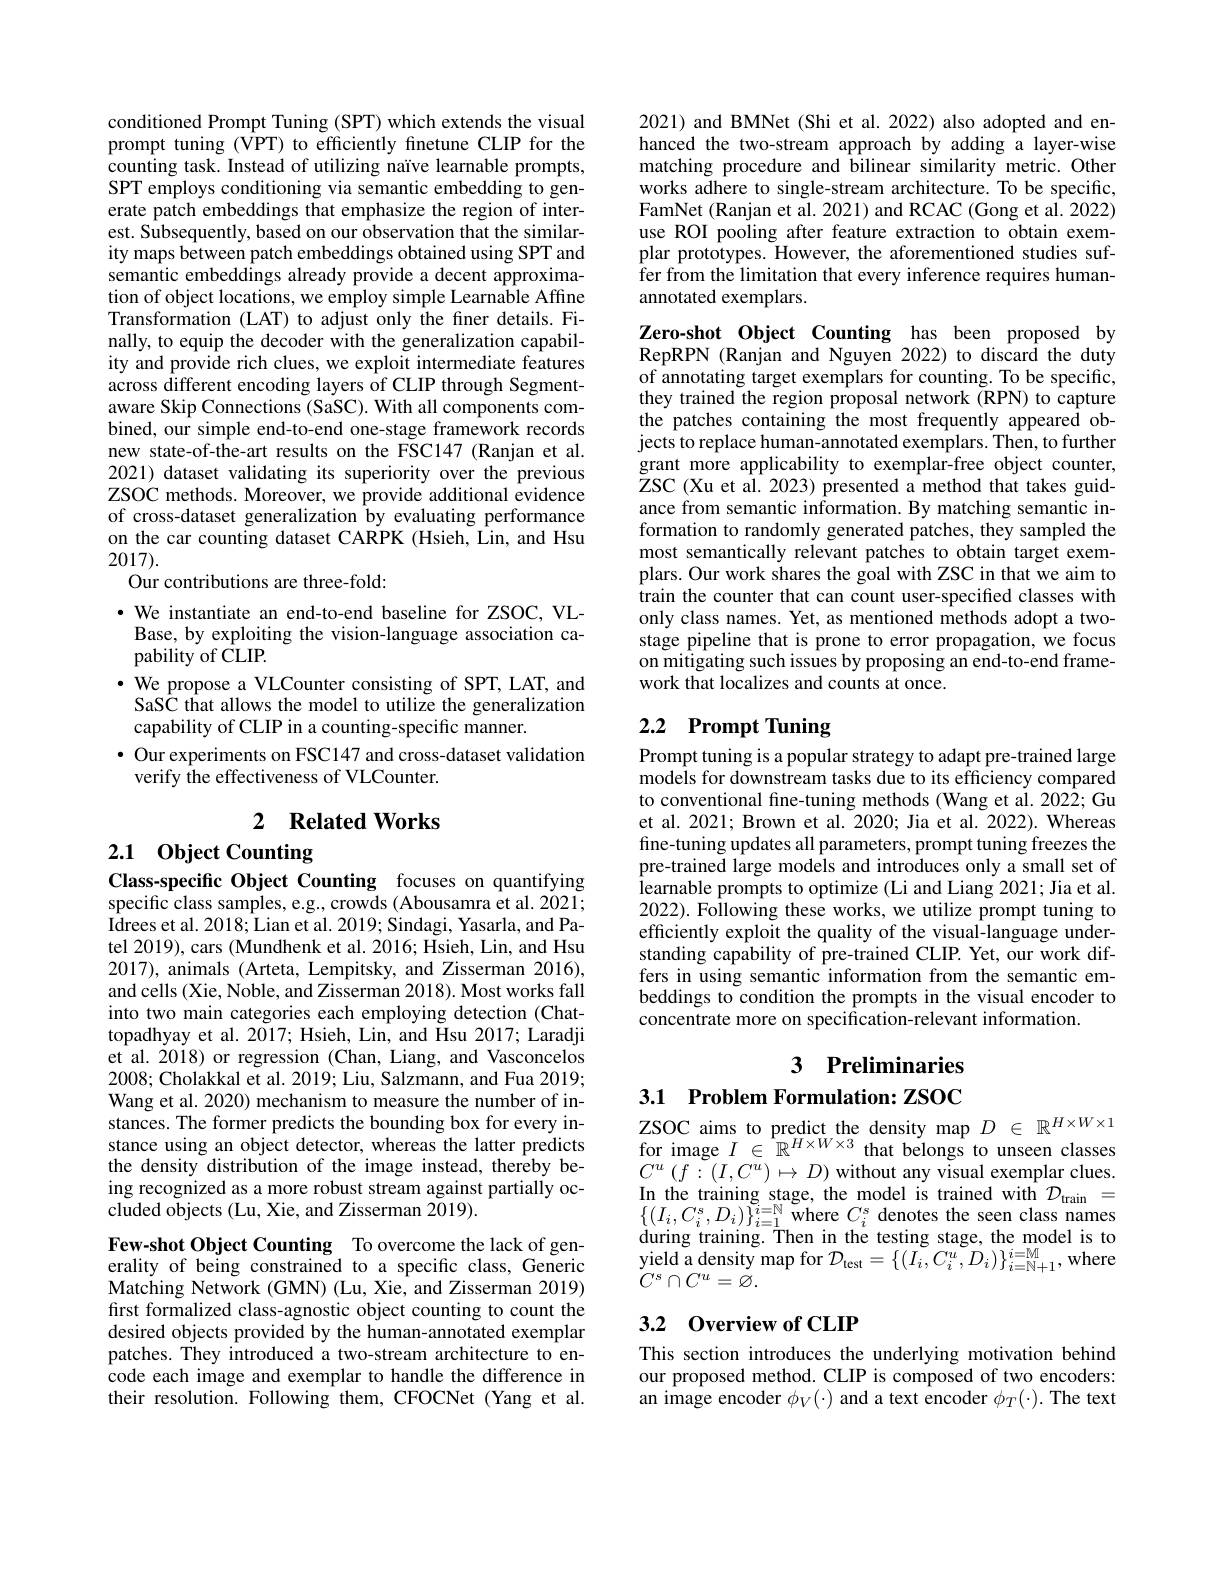
conditioned Prompt Tuning (SPT) which extends the visual prompt tuning (VPT) to efficiently fnetune CLIP for the counting task. Instead of utilizing naïve learnable prompts, SPT employs conditioning via semantic embedding to generate patch embeddings that emphasize the region of interest. Subsequently, based on our observation that the similarity maps between patch embeddings obtained using SPT and semantic embeddings already provide a decent approximation of object locations, we employ simple Learnable Affine Transformation (LAT) to adjust only the finer details. Finally, to equip the decoder with the generalization capability and provide rich clues, we exploit intermediate features across different encoding layers of CLIP through Segmentaware Skip Connections (SaSC). With all components combined, our simple end-to-end one-stage framework records new state-of-the-art results on the FSC147 (Ranjan et al. 2021) dataset validating its superiority over the previous ZSOC methods. Moreover, we provide additional evidence of cross-dataset generalization by evaluating performance on the car counting dataset CARPK (Hsieh, Lin, and Hsu 2017).
Our contributions are three-fold:

·We instantiate an end-to-end baseline for ZSOC,VLBase, by exploiting the vision-language association capability of $\hat{\mathrm{CLIP}}.$
$\cdot$ We propose a VLCounter consisting of SPT, LAT, and SaSC that allows the model to utilize the generalization capability of CLIP in a counting-specific manner.
$\bullet$ Our experiments on FSC147 and cross-dataset validation
verify the effectiveness of VLCounter.

## 2 $\textbf{Related Works}$

2.1 Object Counting

Class-specific Object Counting focuses on quantifying specific class samples, e.g., crowds (Abousamra et al. 2021; Idrees et al. 2018; Lian et al. 2019; Sindagi, Yasarla, and Patel 2019), cars (Mundhenk et al. 2016; Hsieh, Lin, and Hsu 2017), animals (Arteta, Lempitsky, and Zisserman 2016), and cells (Xie, Noble, and Zisserman 2018). Most works fall into two main categories each employing detection (Chattopadhyay et al. 2017; Hsieh, Lin, and Hsu 2017; Laradji et al. 2018) or regression (Chan, Liang, and Vasconcelos 2008; Cholakkal et al. 2019; Liu, Salzmann, and Fua 2019; Wang et al. 2020) mechanism to measure the number of instances. The former predicts the bounding box for every instance using an object detector, whereas the latter predicts the density distribution of the image instead, thereby being recognized as a more robust stream against partially occluded objects (Lu, Xie, and Zisserman 2019).

Few-shot Object Counting To overcome the lack of generality of being constrained to a specific class, Generic Matching Network (GMN) (Lu, Xie, and Zisserman 2019) first formalized class-agnostic object counting to count the desired objects provided by the human-annotated exemplar patches. They introduced a two-stream architecture to encode each image and exemplar to handle the difference in their resolution. Following them, CFOCNet (Yang et al.

2021) and BMNet (Shi et al. 2022) also adopted and enhanced the two-stream approach by adding a layer-wise matching procedure and bilinear similarity metric. Other works adhere to single-stream architecture. To be specific, FamNet (Ranjan et al. 2021) and RCAC (Gong et al. 2022) use ROI pooling after feature extraction to obtain exemplar prototypes. However, the aforementioned studies suffer from the limitation that every inference requires humanannotated exemplars.

Zero-shot Object Counting has been proposed by RepRPN (Ranjan and Nguyen 2022) to discard the duty of annotating target exemplars for counting. To be specific, they trained the region proposal network (RPN) to capture the patches containing the most frequently appeared objects to replace human-annotated exemplars. Then, to further grant more applicability to exemplar-free object counter, ZSC (Xu et al. 2023) presented a method that takes guidance from semantic information. By matching semantic information to randomly generated patches, they sampled the most semantically relevant patches to obtain target exemplars. Our work shares the goal with ZSC in that we aim to train the counter that can count user-specified classes with only class names. Yet, as mentioned methods adopt a twostage pipeline that is prone to error propagation, we focus on mitigating such issues by proposing an end-to-end framework that localizes and counts at once.

# 2.2 Prompt Tuning

Prompt tuning is a popular strategy to adapt pre-trained large $\hat{\text{models for downstream tasks due to its efficiency compared}}$ to conventional fne-tuning methods (Wang et al.2022; Gu et al. 2021; Brown et al. 2020; Jia et al. 2022). Whereas fine-tuning updates all parameters, prompt tuning freezes the pre-trained large models and introduces only a small set of $\bar{\text{learnable prompts to optimize (Li and Liang 2021; Jia et al.}}$ 2022). Following these works, we utilize prompt tuning to efficiently exploit the quality of the visual-language understanding capability of pre-trained CLIP. Yet, our work differs in using semantic information from the semantic embeddings to condition the prompts in the visual encoder to concentrate more on specification-relevant information.

3 Preliminaries

3.1 Problem Formulation: ZSOC

$C^{u}$ $( f: ( I, C^{u}) \mapsto D)$ without any visual exemplar clues. $\begin{array}{l}\mathrm{In~the~training~stage,~the~model~is~trained~with~}\mathcal{D}_{\mathrm{train}}=\\\{(I_{i},C_{i}^{s},D_{i})\}_{i=1}^{i=\mathbb{N}}\mathrm{~where~}C_{i}^{s}\mathrm{~denotes~the~seen~class~names}\\\mathrm{during~training.~Then~in~the~testing~stage,~the~model~is~to}\end{array}$ $\underset{C^{s}}{\operatorname*{\operatorname*{\operatorname*{yield~a~density~map~for~}}}}\mathcal{D}_{\mathrm{test}}=\{(I_{i},C_{i}^{u},D_{i})\}_{i=\mathbb{N}+1}^{i=\mathbb{M}}$,where $C^{s}\cap C^{u}=\dot{\varnothing}.$

## 3.2 0verview of CLIP

This section introduces the underlying motivation behind our proposed method. CLIP is composed of two encoders: an image encoder $\phi_V(\cdot)$ and a text encoder $\phi_T(\cdot).$ The text